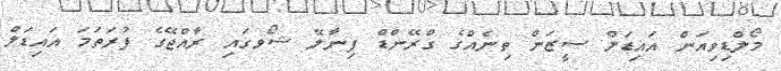
މޯލްޑިވިއަން އައިޑަލް ސީޒަން ތިނެއްގެ ގްރޭންޑް ފިނާލޭ ޝޯވގައި ރާއްޖޭގެ ފުރަތަމަ އައިޑަލް